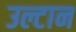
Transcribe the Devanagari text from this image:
उल्टान